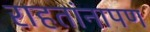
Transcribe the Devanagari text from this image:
राहतांनापण